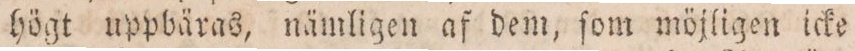
högt uppbäras, nämligen af dem, ſom möjligen icke